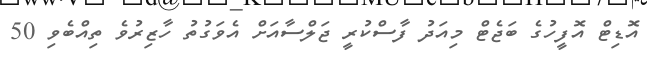
އޮޑިޓް އޮފީހުގެ ބަޖެޓް މިއަދު ފާސްކުރީ ޖަލްސާއަށް އެވަގުތު ހާޒިރުވެ ތިއްބެވި 50